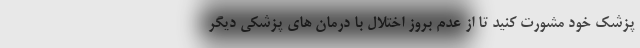
پزشک خود مشورت کنید تا از عدم بروز اختلال با درمان های پزشکی دیگر